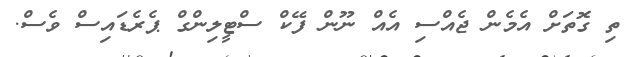
ތި ގޮތަށް އެމެން ޖެއްސި އެއް ނޫން ފޭކް ސްޓީލިންގް ޕެރެޑައިސް ވެސް.